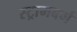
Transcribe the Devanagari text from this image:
स्ट्रामबर्ग